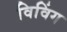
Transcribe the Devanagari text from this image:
विविंग